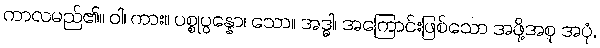
ကာလမည်၏။ ဝါ၊ ကား။ ပစ္စုပ္ပန္နော၊ သော။ အဒ္ဓါ၊ အကြောင်းဖြစ်သော အဖို့အစု အပုံ,